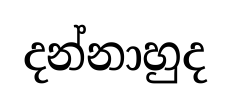
දන්නාහුද